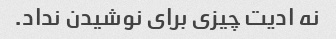
نه ادیت چیزی برای نوشیدن نداد.